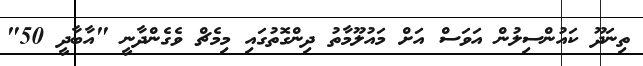
ތިނަދޫ ކައުންސިލުން އަވަސް އަށް މައުލޫމާތު ދިންގޮތުގައި މިމެޗް ވެގެންދާނީ "އާބާދީ 50"